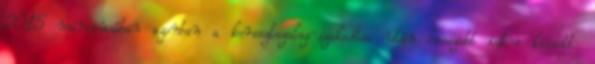
2015 márciusában azonban a keresztszalag-szakadása után hosszabb időre kiesett.